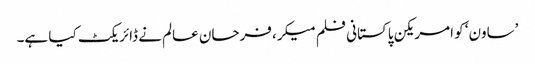
’ساون‘ کو امریکن پاکستانی فلم میکر، فرحان عالم نے ڈائریکٹ کیا ہے۔